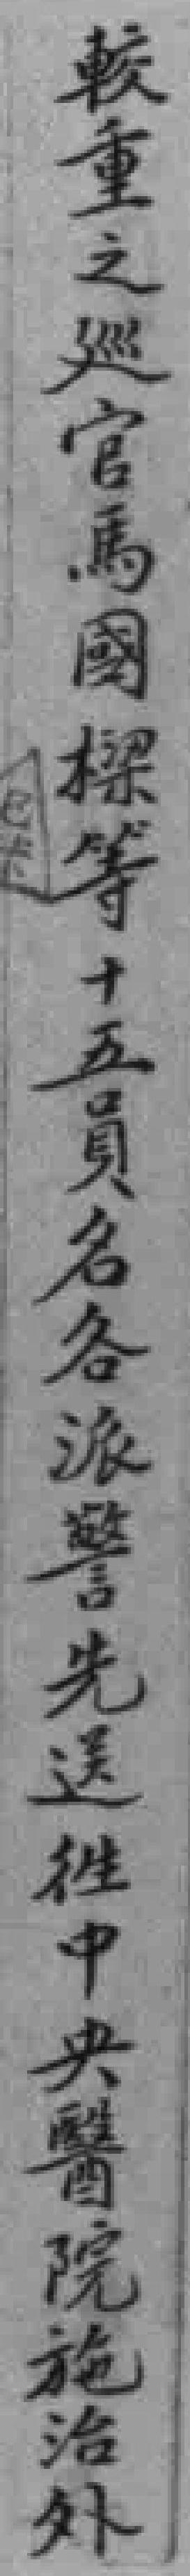
較重之廵官馬國樑等十五員名各派警先送徃中央醫院施治外